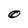
Character: O